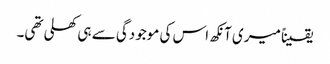
یقیناً میری آنکھ اس کی موجودگی سے ہی کھلی تھی۔